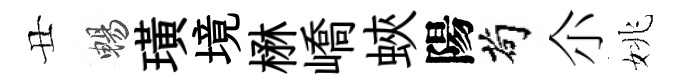
丑暢璜境楙嶠蛺陽茍尒姚